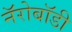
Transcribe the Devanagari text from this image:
नॅरोबॉडी